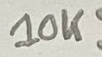
Text: 10K